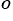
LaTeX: ^{o}